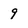
Character: 9